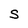
Character: S